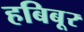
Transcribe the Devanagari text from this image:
हबिबूर